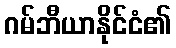
ဂမ်ဘီယာနိုင်ငံ၏